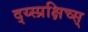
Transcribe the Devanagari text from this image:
द्य्स्प्रक्षिच्स्